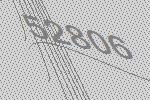
52806